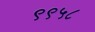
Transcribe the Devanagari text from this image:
९९५८